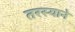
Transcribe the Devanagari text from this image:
तरस्याने